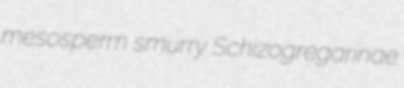
mesosperm smurry Schizogregarinae